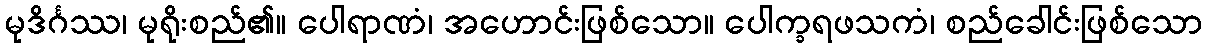
မုဒိင်္ဂဿ၊ မုရိုးစည်၏။ ပေါရာဏံ၊ အဟောင်းဖြစ်သော။ ပေါက္ခရဖသကံ၊ စည်ခေါင်းဖြစ်သော